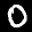
Label: 0